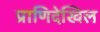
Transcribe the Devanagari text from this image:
प्राणिदेखिल